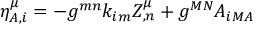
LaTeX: \eta _ { A , i } ^ { \mu } = - { g } ^ { m n } { k } _ { i m } { \cal Z } _ { , n } ^ { \mu } + g ^ { M N } { A } _ { i M A }